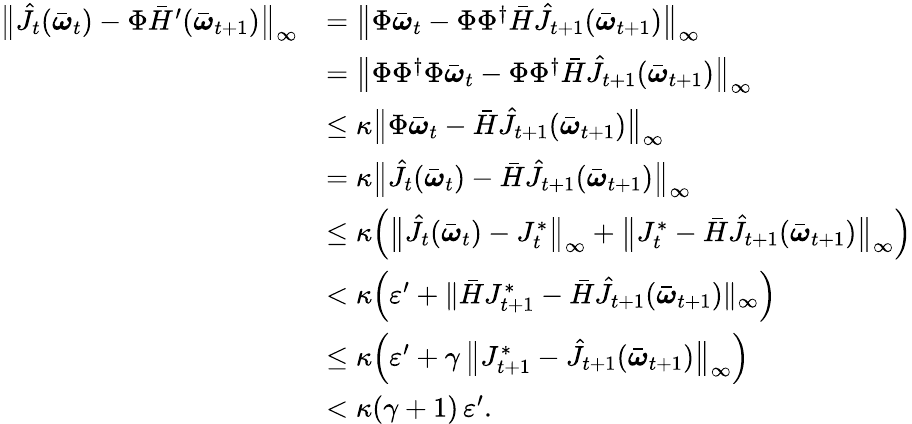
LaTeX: \begin{array}{rl}{\bigl\| \hat{J}_{t}(\bar{\boldsymbol{\omega}}_{t})-\Phi\bar{H}^{\prime}(\bar{\boldsymbol{\omega}}_{t+1})\bigr\| _{\infty}}&{=\bigl\| \Phi\bar{\boldsymbol{\omega}}_{t}-\Phi\Phi^{\dagger}\bar{H}\hat{J}_{t+1}(\bar{\boldsymbol{\omega}}_{t+1})\bigr\| _{\infty}}\\ &{=\bigl\| \Phi\Phi^{\dagger}\Phi\bar{\boldsymbol{\omega}}_{t}-\Phi\Phi^{\dagger}\bar{H}\hat{J}_{t+1}(\bar{\boldsymbol{\omega}}_{t+1})\bigr\| _{\infty}}\\ &{\leq\kappa\bigl\| \Phi\bar{\boldsymbol{\omega}}_{t}-\bar{H}\hat{J}_{t+1}(\bar{\boldsymbol{\omega}}_{t+1})\bigr\| _{\infty}}\\ &{=\kappa\bigl\| \hat{J}_{t}(\bar{\boldsymbol{\omega}}_{t})-\bar{H}\hat{J}_{t+1}(\bar{\boldsymbol{\omega}}_{t+1})\bigr\| _{\infty}}\\ &{\leq\kappa\Bigl(\bigl\| \hat{J}_{t}(\bar{\boldsymbol{\omega}}_{t})-J_{t}^{*}\bigr\| _{\infty}+\bigl\| J_{t}^{*}-\bar{H}\hat{J}_{t+1}(\bar{\boldsymbol{\omega}}_{t+1})\bigr\| _{\infty}\Bigr)}\\ &{<\kappa\Bigl(\varepsilon^{\prime}+\| \bar{H}J_{t+1}^{*}-\bar{H}\hat{J}_{t+1}(\bar{\boldsymbol{\omega}}_{t+1})\| _{\infty}\Bigr)}\\ &{\leq\kappa\Bigl(\varepsilon^{\prime}+\gamma\, \bigl\| J_{t+1}^{*}-\hat{J}_{t+1}(\bar{\boldsymbol{\omega}}_{t+1})\bigr\| _{\infty}\Bigr)}\\ &{<\kappa(\gamma+1)\, \varepsilon^{\prime}.}\end{array}